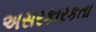
અસરકારકતા